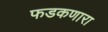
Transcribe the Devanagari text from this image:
फडकणारा